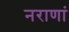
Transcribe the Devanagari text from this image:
नराणां